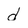
Character: d